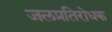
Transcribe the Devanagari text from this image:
जलप्रतिरोधक